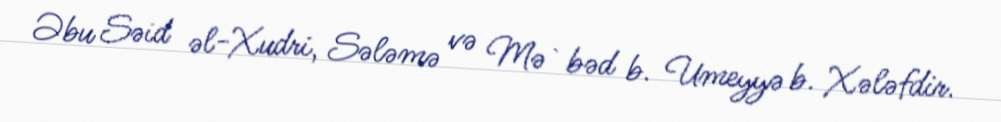
Əbu Səid əl-Xudri, Sələmə və Mə`bəd b. Umeyyə b. Xələfdir.